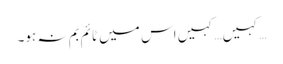
…کہیں… کہیں اس میں ٹائم بم نہ ہو۔